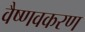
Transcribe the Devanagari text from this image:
वैष्णवकरण